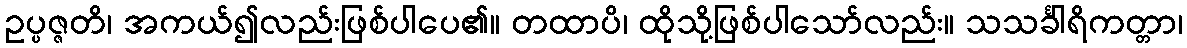
ဥပ္ပဇ္ဇတိ၊ အကယ်၍လည်းဖြစ်ပါပေ၏။ တထာပိ၊ ထိုသို့ဖြစ်ပါသော်လည်း။ သသင်္ခါရိကတ္တာ၊